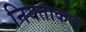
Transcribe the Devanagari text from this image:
नियताकार